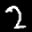
Label: 2